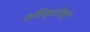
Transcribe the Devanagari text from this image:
प्रतिकृतीची